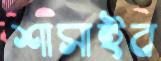
শাসাইব